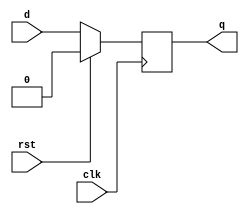
module dff(clk,rst,d,q);
input clk,rst,d;
output reg q;

always @(posedge clk)begin
    if (rst==1)begin
	    q=0;
	end
	else q=d;
 end
 endmodule